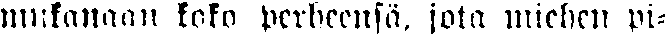
mukanaan koko perheensä, jota miehen Pi-